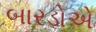
બારડોએ